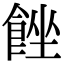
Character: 𩛠